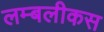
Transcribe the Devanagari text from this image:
लम्बलीकस